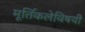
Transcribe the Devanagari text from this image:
मूर्तिकलेविषयी